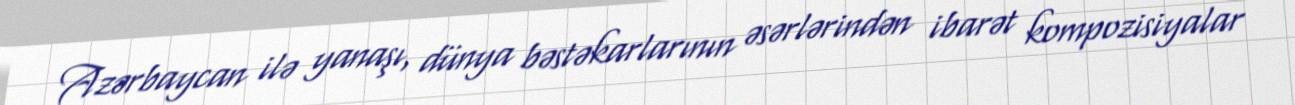
Azərbaycan ilə yanaşı, dünya bəstəkarlarının əsərlərindən ibarət kompozisiyalar